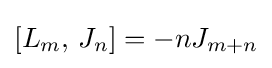
[L_{m},\,J_{n}]=-nJ_{m+n}